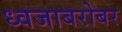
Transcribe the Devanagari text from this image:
ध्वजाबरोबर